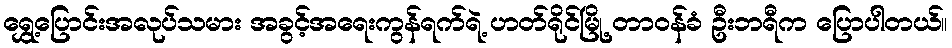
ရွှေ့ပြောင်းအလုပ်သမား အခွင့်အရေးကွန်ရက်ရဲ့ ဟတ်ရိုင်မြို့ တာဝန်ခံ ဦးဘရီက ပြောပါတယ်။